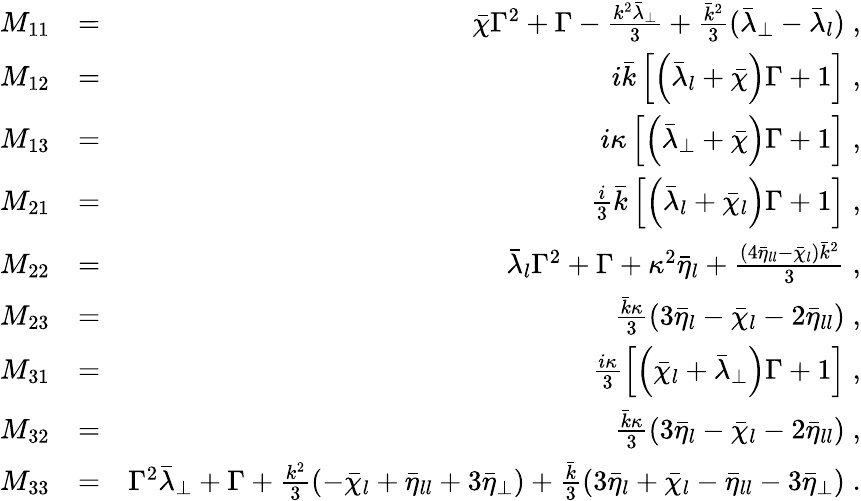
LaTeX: \begin{array}{rlr}{M_{11}}&{=}&{\bar{\chi}\Gamma^{2}+\Gamma-\frac{k^{2}\bar{\lambda}_{\perp}}{3}+\frac{\bar{k}^{2}}{3}(\bar{\lambda}_{\perp}-\bar{\lambda}_{l})\; ,}\\ {M_{12}}&{=}&{i\bar{k}\left[\left(\bar{\lambda}_{l}+\bar{\chi}\right)\Gamma+1\right]\; ,}\\ {M_{13}}&{=}&{i\kappa\left[\left(\bar{\lambda}_{\perp}+\bar{\chi}\right)\Gamma+1\right]\; ,}\\ {M_{21}}&{=}&{\frac{i}{3}\bar{k}\left[\left(\bar{\lambda}_{l}+\bar{\chi}_{l}\right)\Gamma+1\right]\; ,}\\ {M_{22}}&{=}&{\bar{\lambda}_{l}\Gamma^{2}+\Gamma+\kappa^{2}\bar{\eta}_{l}+\frac{(4\bar{\eta}_{ll}-\bar{\chi}_{l})\bar{k}^{2}}{3}\; ,}\\ {M_{23}}&{=}&{\frac{\bar{k}\kappa}{3}\left(3\bar{\eta}_{l}-\bar{\chi}_{l}-2\bar{\eta}_{ll}\right)\; ,}\\ {M_{31}}&{=}&{\frac{i\kappa}{3}\left[\left(\bar{\chi}_{l}+\bar{\lambda}_{\perp}\right)\Gamma+1\right]\; ,}\\ {M_{32}}&{=}&{\frac{\bar{k}\kappa}{3}\left(3\bar{\eta}_{l}-\bar{\chi}_{l}-2\bar{\eta}_{ll}\right)\; ,}\\ {M_{33}}&{=}&{\Gamma^{2}\bar{\lambda}_{\perp}+\Gamma+\frac{k^{2}}{3}\left(-\bar{\chi}_{l}+\bar{\eta}_{ll}+3\bar{\eta}_{\perp}\right)+\frac{\bar{k}}{3}\left(3\bar{\eta}_{l}+\bar{\chi}_{l}-\bar{\eta}_{ll}-3\bar{\eta}_{\perp}\right)\; .}\end{array}